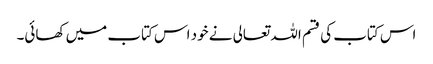
اس کتاب کی قسم اللہ تعالی نے خود اس کتاب میں‌ کھائی۔